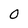
Character: O